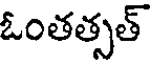
ఓంతత్సత్